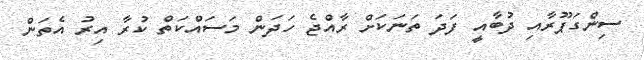
ސިންގަޕޫރާއި ދުބާއީ ފަދަ ތަނަކަށް ރާއްޖެ ހަދަން މަސައްކަތް ކުރާ އިރު އެތަން